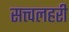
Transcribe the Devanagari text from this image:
सत्त्वलहरी